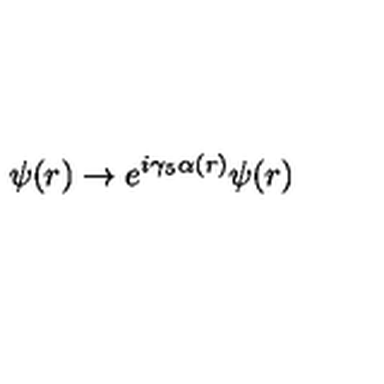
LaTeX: \psi ( r ) \to e ^ { i \gamma _ { 5 } \alpha ( r ) } \psi ( r )